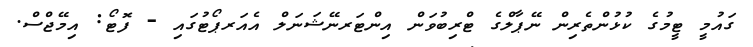
ގައުމީ ޓީމުގެ ކުޅުންތެރިން ނޭޕާލްގެ ޓްރިބުވަން އިންޓަރނޭޝަނަލް އެއަރޕޯޓުގައި - ފޮޓޯ: އިމޭޖްސް.